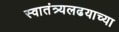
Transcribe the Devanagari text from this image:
स्वातंत्र्यलढयाच्या